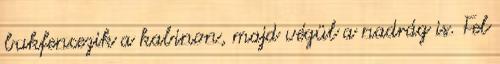
bukfencezik a kabinon, majd végül a nadrág is. Fel